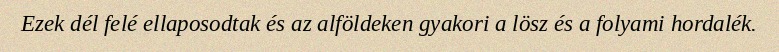
Ezek dél felé ellaposodtak és az alföldeken gyakori a lösz és a folyami hordalék.